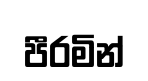
පීරමින්